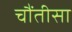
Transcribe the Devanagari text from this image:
चौंतीसा